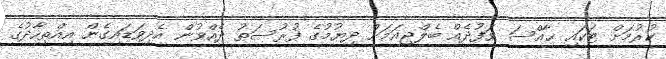
ކުރުމަށް ޓަކައި ޚާއްސަ ވަފުދެއް ބެލްޖިއަމަށް ދިޔުމުގެ ފުރުސަތު ދެއްވުން އެދިވަޑައިގެން އިއްތިހާދުގެ